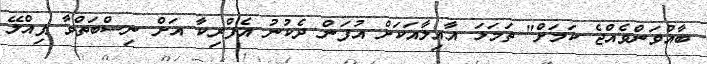
ބާއްވަންވެއްޖެ ކަމަށް" ތަމަޅަ އާއިލާއަކަށް އުފަން ދެކުނު އެފްރިކާ އަށް ނިސްބަތްވާ ޕިއްލޭ